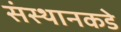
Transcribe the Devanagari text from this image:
संस्थानकडे